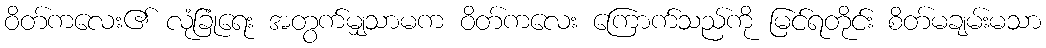
ဝိတ်ကလေး၏ လုံခြုံရေး အတွက်မျှသာမက ဝိတ်ကလေး ကြောက်သည်ကို မြင်ရတိုင်း စိတ်မချမ်းမသာ